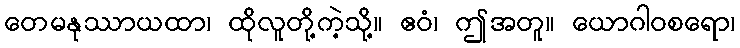
တေမနုဿာယထာ၊ ထိုလူတို့ကဲ့သို့။ ဧဝံ၊ ဤအတူ။ ယောဂါဝစရော၊